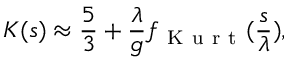
{ \cal K } ( s ) \approx \frac { 5 } { 3 } + \frac { \lambda } { g } f _ { \mathrm { ~ K ~ u ~ r ~ t ~ } } ( \frac { s } { \lambda } ) ,